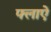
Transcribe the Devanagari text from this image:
फ्लाऐ